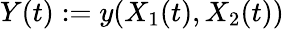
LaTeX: Y(t):=y(X_{1}(t),X_{2}(t))